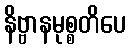
နိဗ္ဗာနမုစ္စတိပေ